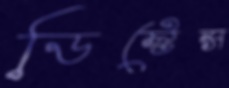
ডিস্টেন্স